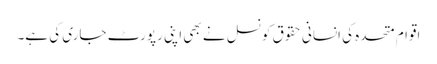
اقوام متحدہ کی انسانی حقوق کونسل نے بھی اپنی رپورٹ جاری کی ہے۔